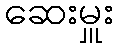
ဆေးမှူး